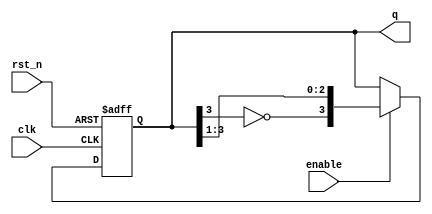
module johnson_counter (
    input wire clk,         // Clock signal
    input wire rst_n,      // Active-low asynchronous reset
    input wire enable,      // Enable signal
    output reg [3:0] q      // 4-bit output representing the current state
);

    always @(posedge clk or negedge rst_n) begin
        if (!rst_n) begin
            // Asynchronous reset
            q <= 4'b0000; // Reset state
        end else if (enable) begin
            // Johnson counter operation
            q <= {~q[3], q[3:1]}; // Shift and invert the last flip-flop
        end
        // If enable is low, retain the current state
    end

endmodule